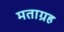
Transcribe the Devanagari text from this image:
मताग्रह